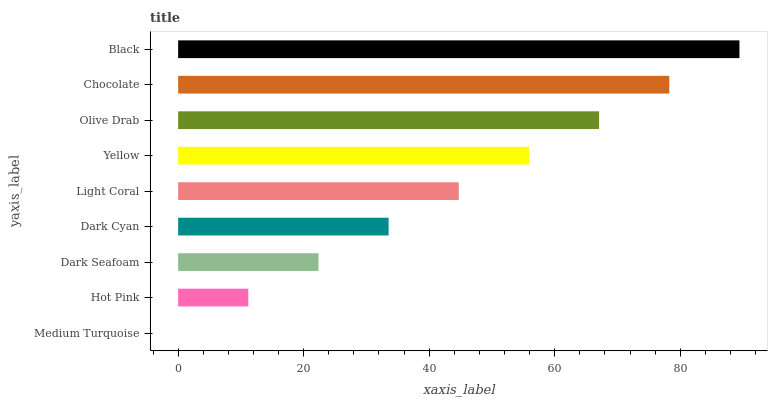
| yaxis_label | bars |
 | --- | --- |
 | Medium Turquoise | 0 |
 | Hot Pink | 11.2 |
 | Dark Seafoam | 22.4 |
 | Dark Cyan | 33.5 |
 | Light Coral | 44.7 |
 | Yellow | 55.9 |
 | Olive Drab | 67.1 |
 | Chocolate | 78.2 |
 | Black | 89.4 |